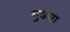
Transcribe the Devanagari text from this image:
गुढघा